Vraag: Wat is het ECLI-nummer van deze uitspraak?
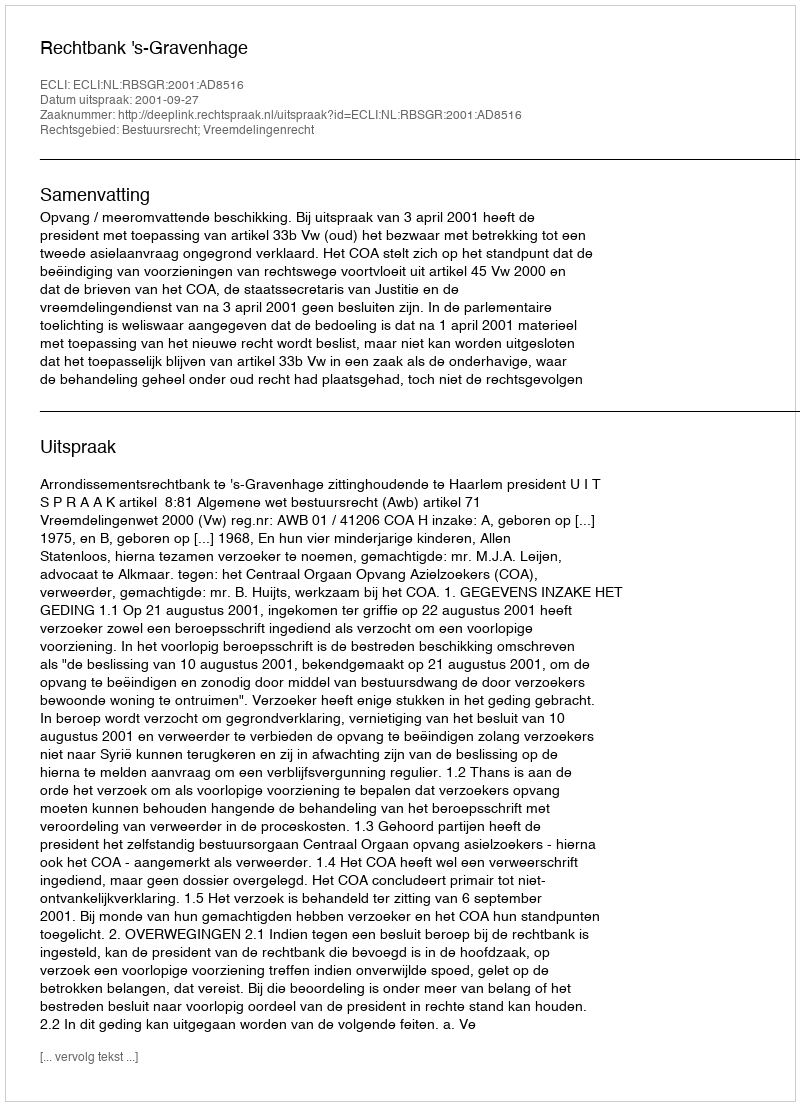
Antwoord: ECLI:NL:RBSGR:2001:AD8516